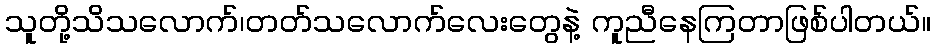
သူတို့သိသလောက်၊တတ်သလောက်လေးတွေနဲ့ ကူညီနေကြတာဖြစ်ပါတယ်။